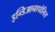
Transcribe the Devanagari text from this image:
इन्डिआनापोलिस